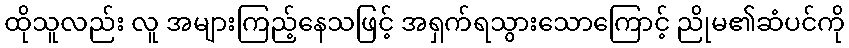
ထိုသူလည်း လူ အများကြည့်နေသဖြင့် အရှက်ရသွားသောကြောင့် ညိုမ၏ဆံပင်ကို